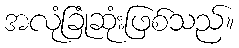
အလုံခြုံဆုံးဖြစ်သည်။